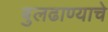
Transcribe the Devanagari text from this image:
बुलढाण्याचे